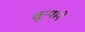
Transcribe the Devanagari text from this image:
शून्याने